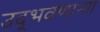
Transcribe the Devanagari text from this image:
उद्‌भवणाऱ्या